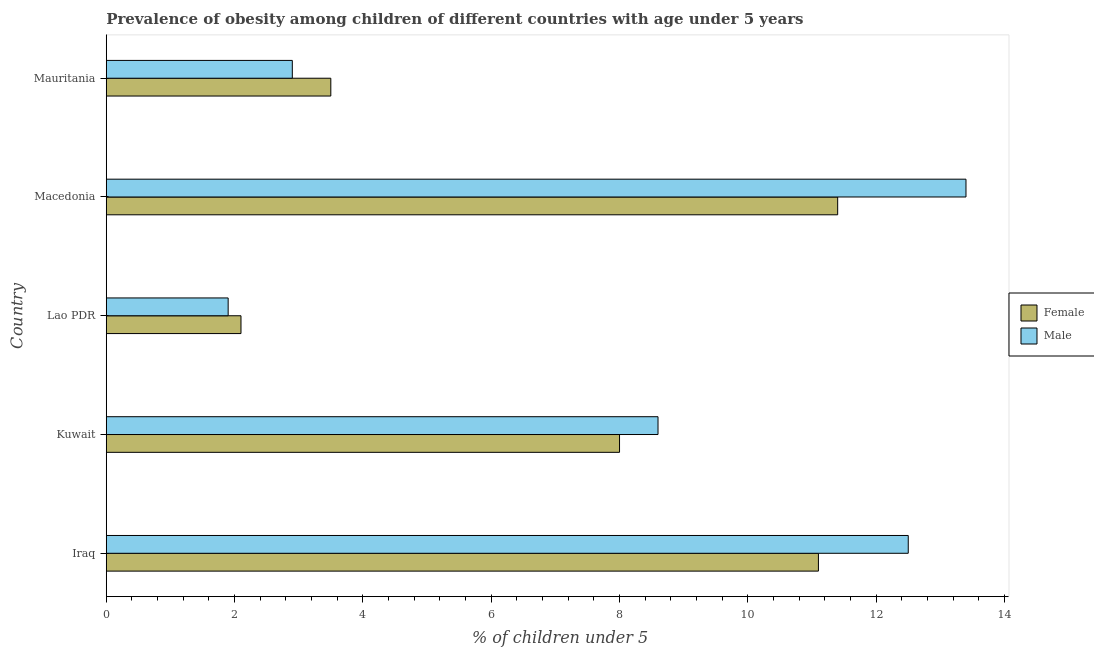
| Country | Female | Male |
 | --- | --- | --- |
 | Iraq | 11.1 | 12.5 |
 | Kuwait | 8 | 8.6 |
 | Lao PDR | 2.1 | 1.9 |
 | Macedonia | 11.4 | 13.4 |
 | Mauritania | 3.5 | 2.9 |